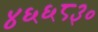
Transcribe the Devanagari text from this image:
४६६८३०